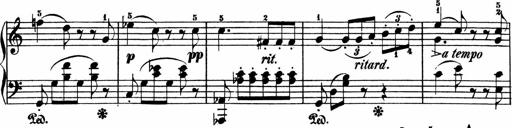
Title: 3 Sonatinen
Composer: Heinrich Lichner